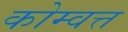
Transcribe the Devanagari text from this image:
कोम्वत्त